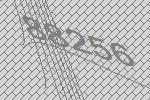
88256